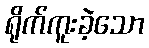
ရိုက်ကူးခဲ့သော